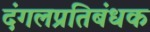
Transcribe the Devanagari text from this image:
दंगलप्रतिबंधक